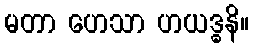
မတာ ဟေသာ ဟယဒ္ဓနိ။